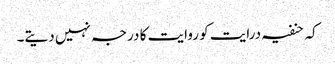
کہ حنفیہ درایت کو روایت کا درجہ نہیں دیتے۔